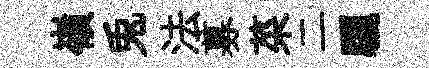
嶺兎法募菜二驪